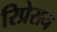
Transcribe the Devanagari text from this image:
रिप्रेसन